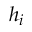
h _ { i }